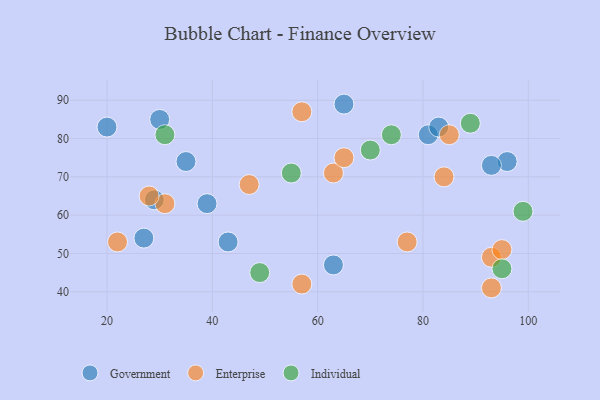
{"axis": {"x": "GDP", "y": "Life Expectancy"}, "legend": ["Enterprise", "Government", "Individual"], "data": [{"x": "20", "y": 83, "type": "Government"}, {"x": "35", "y": 74, "type": "Government"}, {"x": "27", "y": 54, "type": "Government"}, {"x": "29", "y": 64, "type": "Government"}, {"x": "65", "y": 89, "type": "Government"}, {"x": "81", "y": 81, "type": "Government"}, {"x": "83", "y": 83, "type": "Government"}, {"x": "96", "y": 74, "type": "Government"}, {"x": "30", "y": 85, "type": "Government"}, {"x": "63", "y": 47, "type": "Government"}, {"x": "39", "y": 63, "type": "Government"}, {"x": "43", "y": 53, "type": "Government"}, {"x": "93", "y": 73, "type": "Government"}, {"x": "93", "y": 49, "type": "Enterprise"}, {"x": "63", "y": 71, "type": "Enterprise"}, {"x": "31", "y": 63, "type": "Enterprise"}, {"x": "95", "y": 51, "type": "Enterprise"}, {"x": "28", "y": 65, "type": "Enterprise"}, {"x": "57", "y": 87, "type": "Enterprise"}, {"x": "57", "y": 42, "type": "Enterprise"}, {"x": "85", "y": 81, "type": "Enterprise"}, {"x": "84", "y": 70, "type": "Enterprise"}, {"x": "65", "y": 75, "type": "Enterprise"}, {"x": "77", "y": 53, "type": "Enterprise"}, {"x": "93", "y": 41, "type": "Enterprise"}, {"x": "22", "y": 53, "type": "Enterprise"}, {"x": "47", "y": 68, "type": "Enterprise"}, {"x": "70", "y": 77, "type": "Individual"}, {"x": "55", "y": 71, "type": "Individual"}, {"x": "99", "y": 61, "type": "Individual"}, {"x": "74", "y": 81, "type": "Individual"}, {"x": "49", "y": 45, "type": "Individual"}, {"x": "95", "y": 46, "type": "Individual"}, {"x": "89", "y": 84, "type": "Individual"}, {"x": "31", "y": 81, "type": "Individual"}]}